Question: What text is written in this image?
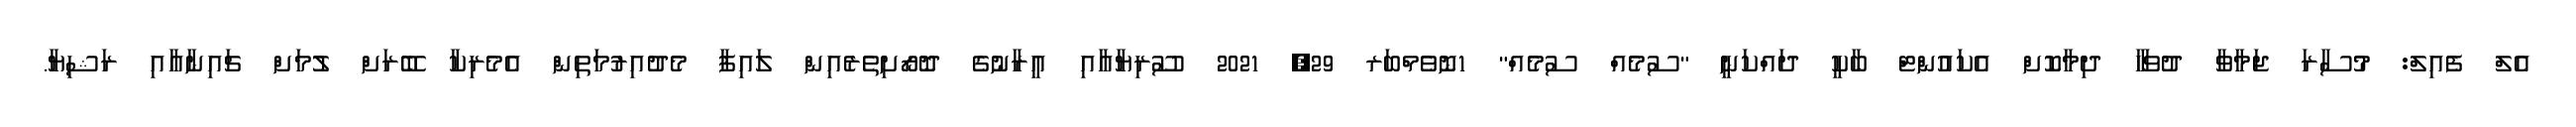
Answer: އެލް ފެއިލް: މުސާރަ ޖަމާވާ ދުވަހާ ދިމާކޮށް އެކައުންޓް ބާކީ ދައްކަނީ "ސުމެއް ސުމެއް" 1ނޮވެމްބަރ 29, 2021 ސޫރިޔާއާއި އީރާނުގެ ދޮރޯށިތެރެއިން ލައިފާ މެދުއިރުމަތިން އެމެރިކާ ބޭރަށް ލުމަށް ޗައިނާއާއި ރަޝިޔާ.